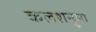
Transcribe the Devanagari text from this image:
कलशनुमा